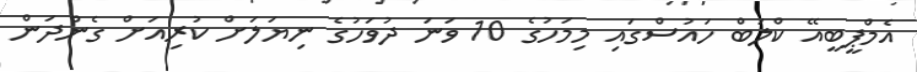
އެމްޕީބީއޭ ކްލަބް ހައުސްގައި މިމަހުގެ 10 ވަނަ ދުވަހުގެ ނިޔަލަށް ކުރިއަށް ގެންދަން